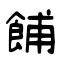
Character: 餔